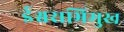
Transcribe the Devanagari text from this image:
ईश्वराभिमुख